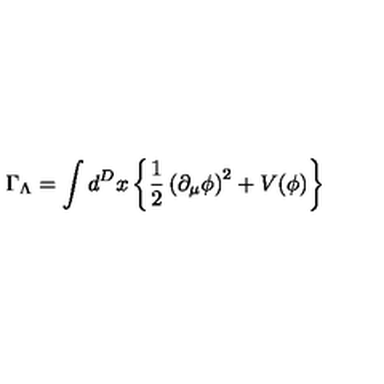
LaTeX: \Gamma _ { \Lambda } = \int d ^ { D } x \left\{ \frac { 1 } { 2 } \left( \partial _ { \mu } \phi \right) ^ { 2 } + V ( \phi ) \right\}